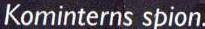
Kominterns spion.